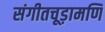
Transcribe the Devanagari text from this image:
संगीतचूड़ामणि